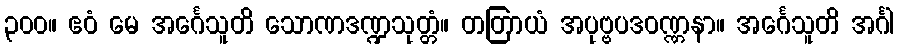
၃၀၀။ ဧဝံ မေ အင်္ဂေသူတိ သောဏဒဏ္ဍသုတ္တံ။ တတြာယံ အပုဗ္ဗပဒဝဏ္ဏနာ။ အင်္ဂေသူတိ အင်္ဂါ